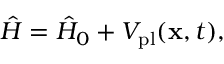
\begin{array} { r } { \hat { H } = \hat { H } _ { 0 } + V _ { \mathrm { p l } } ( \mathbf { x } , t ) , } \end{array}